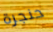
حنجرة